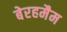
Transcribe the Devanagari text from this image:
बेरहमैम